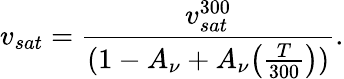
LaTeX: {v_{sat}}=\frac{v_{sat}^{300}}{(1-A_{\nu}+A_{\nu}{\left(\frac{T}{300}\right))}}.